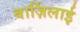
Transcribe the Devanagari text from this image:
बार्ज़िलाई